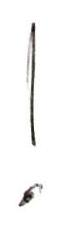
!